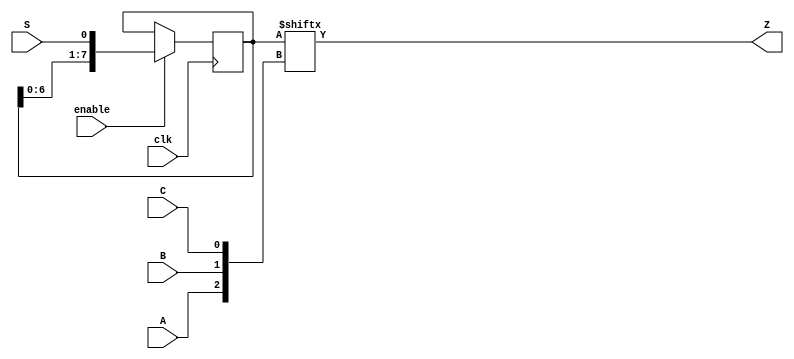
module top_module (
    input clk,
    input enable,
    input S,
    input A, B, C,
    output reg Z ); 

reg [7:0] Q;
always @(posedge clk) begin
    if(enable)begin
        Q <= {Q[6:0],S};  
    end
    else begin
        Q <= Q;
    end
end
assign Z = Q [{A,B,C}];
/*
always @(posedge clk)begin
    case({A,B,C})
        3'd0 : Z = Q[0];
        3'd1 : Z = Q[1];
        3'd2 : Z = Q[2];
        3'd3 : Z = Q[3];
        3'd4 : Z = Q[4];
        3'd5 : Z = Q[5];
        3'd6 : Z = Q[6];
        3'd7 : Z = Q[7]; 
    endcase
end
*/
endmodule